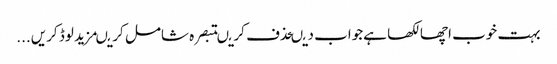
بہت خوب اچھا لکھا ہےجواب دیںحذف کریںتبصرہ شامل کریںمزید لوڈ کریں...